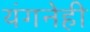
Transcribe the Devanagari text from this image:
यंगनेही